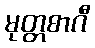
မုတ္တစာဂီ